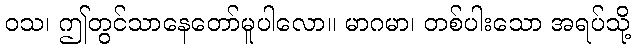
ဝသ၊ ဤတွင်သာနေတော်မူပါလော။ မာဂမာ၊ တစ်ပါးသော အရပ်သို့